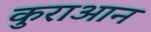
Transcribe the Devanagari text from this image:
कुराआन